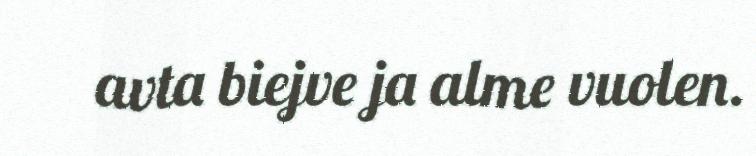
avta biejve ja alme vuolen.